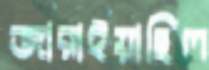
জারাইয়াছিল